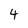
Character: 4